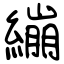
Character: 繃